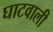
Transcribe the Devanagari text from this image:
घाटवाली